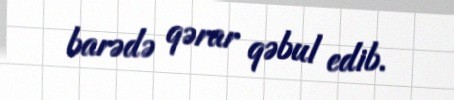
barədə qərar qəbul edib.